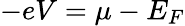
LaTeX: -eV=\mu-E_{F}